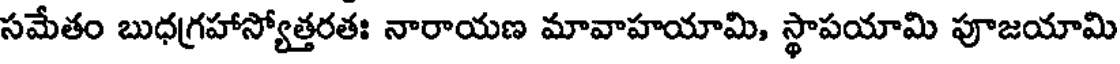
సమేతం బుధగ్రహాస్యోత్తరతః నారాయణ మావాహయామి, స్థాపయామి పూజయామి